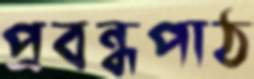
প্রবন্ধপাঠ